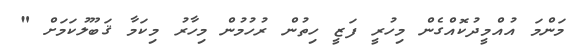
މަންމަ އުއްމީދުކޮއްގެން މިހުރީ ފަޒީ ހިތުން ރުހުމުން މިހާރު މިކަމާ ޤަބޫލުކަމަށް "